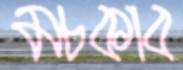
মচকাব